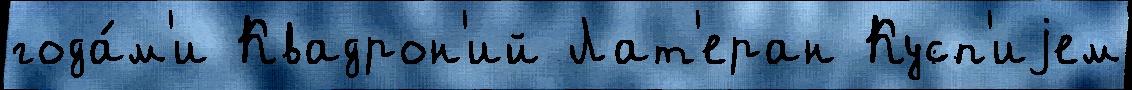
года́м'и Квадрон'ий Лат'еран Кусп'иjем